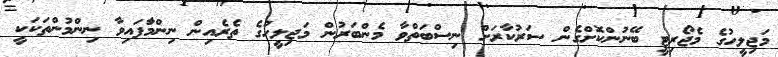
މަޖިލީހުގެ މެޖޯރިޓީ ބޭނުންކޮށްގެން ސަރުކާރަށް ނިސްބަތްވާ މެންބަރުން މަޖިލީހުގެ ތެރެއިން ނިންމާަފައިވާ ނިންމުންތަކަކީ